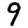
Digit: 9